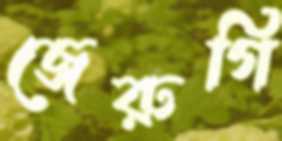
জেরুগি